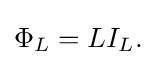
\Phi _{L}=LI_{L}.\